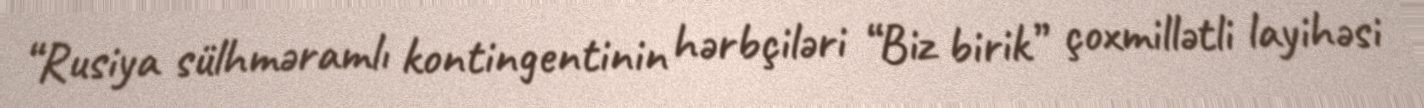
“Rusiya sülhməramlı kontingentinin hərbçiləri “Biz birik” çoxmillətli layihəsi